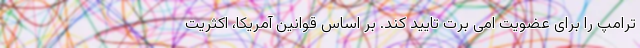
ترامپ را برای عضویت امی برت تایید کند. بر اساس قوانین آمریکا، اکثریت